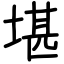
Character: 堪